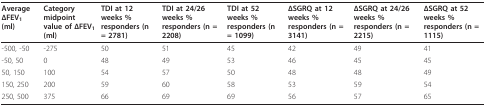
<table><thead><tr><td><b>Average ΔFEV<sub>1 </sub>(ml)</b></td><td><b>Category midpoint value of ΔFEV<sub>1 </sub>(ml)</b></td><td><b>TDI at 12 weeks % responders (n = 2781)</b></td><td><b>TDI at 24/26 weeks % responders (n = 2208)</b></td><td><b>TDI at 52 weeks % responders (n = 1099)</b></td><td><b>ΔSGRQ at 12 weeks % responders (n = 3141)</b></td><td><b>ΔSGRQ at 24/26 weeks % responders (n = 2215)</b></td><td><b>ΔSGRQ at 52 weeks % responders (n = 1115)</b></td></tr></thead><tbody><tr><td>-500, -50</td><td>-275</td><td>50</td><td>51</td><td>45</td><td>42</td><td>49</td><td>41</td></tr><tr><td>-50, 50</td><td>0</td><td>48</td><td>49</td><td>53</td><td>46</td><td>45</td><td>45</td></tr><tr><td>50, 150</td><td>100</td><td>54</td><td>57</td><td>50</td><td>48</td><td>48</td><td>49</td></tr><tr><td>150, 250</td><td>200</td><td>59</td><td>60</td><td>58</td><td>53</td><td>59</td><td>54</td></tr><tr><td>250, 500</td><td>375</td><td>66</td><td>69</td><td>69</td><td>56</td><td>57</td><td>65</td></tr></tbody></table>